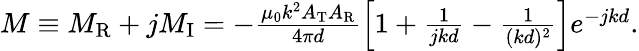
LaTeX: \begin{array}{r}{M\equiv M_{\mathrm{R}}+jM_{\mathrm{I}}=-\frac{\mu_{0}k^{2}A_{\mathrm{T}}A_{\mathrm{R}}}{4\pi d}\left[1+\frac{1}{jkd}-\frac{1}{(kd)^{2}}\right]e^{-jkd}.}\end{array}